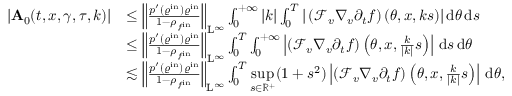
\begin{array} { r l } { \vert \mathbf { A } _ { 0 } ( t , x , \gamma , \tau , k ) \vert } & { \leq \left\Vert \frac { p ^ { \prime } ( \varrho ^ { \mathrm { i n } } ) \varrho ^ { \mathrm { i n } } } { 1 - \rho _ { f ^ { \mathrm { i n } } } } \right\Vert _ { \mathrm { L } ^ { \infty } } \int _ { 0 } ^ { + \infty } \vert k \vert \int _ { 0 } ^ { T } \vert \left( \mathcal { F } _ { v } \nabla _ { v } \partial _ { t } f \right) ( \theta , x , k s ) \vert \, \mathrm { d } \theta \, \mathrm { d } s } \\ & { \leq \left\Vert \frac { p ^ { \prime } ( \varrho ^ { \mathrm { i n } } ) \varrho ^ { \mathrm { i n } } } { 1 - \rho _ { f ^ { \mathrm { i n } } } } \right\Vert _ { \mathrm { L } ^ { \infty } } \int _ { 0 } ^ { T } \int _ { 0 } ^ { + \infty } \left\vert \left( \mathcal { F } _ { v } \nabla _ { v } \partial _ { t } f \right) \left( \theta , x , \frac { k } { \vert k \vert } s \right) \right\vert \, \mathrm { d } s \, \mathrm { d } \theta } \\ & { \lesssim \left\Vert \frac { p ^ { \prime } ( \varrho ^ { \mathrm { i n } } ) \varrho ^ { \mathrm { i n } } } { 1 - \rho _ { f ^ { \mathrm { i n } } } } \right\Vert _ { \mathrm { L } ^ { \infty } } \int _ { 0 } ^ { T } \underset { s \in \mathbb R ^ { + } } { \operatorname* { s u p } } ( 1 + s ^ { 2 } ) \left\vert \left( \mathcal { F } _ { v } \nabla _ { v } \partial _ { t } f \right) \left( \theta , x , \frac { k } { \vert k \vert } s \right) \right\vert \, \mathrm { d } \theta , } \end{array}